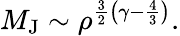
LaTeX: M_{\mathrm{J}}\sim\rho^{{\frac{3}{2}}\left(\gamma-{\frac{4}{3}}\right)}.